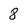
Character: 8